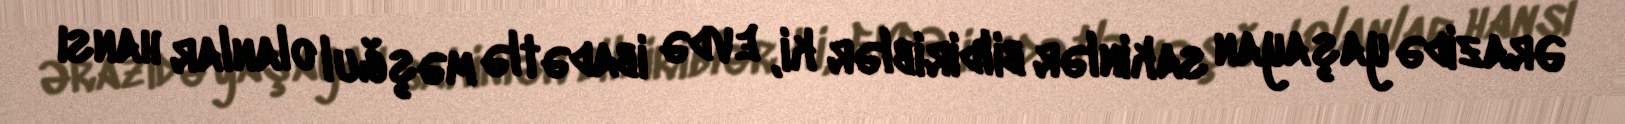
Ərazidə yaşayan sakinlər bildiriblər ki, evdə ibadətlə məşğul olanlar hansı